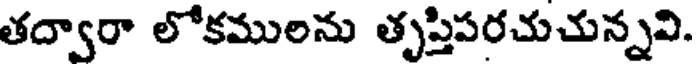
తద్వారా లోకములను తృప్తిపరచుచున్నవి.